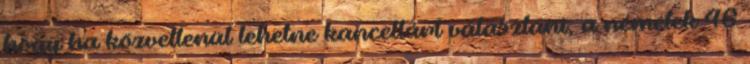
hogy ha közvetlenül lehetne kancellárt választani, a németek 46